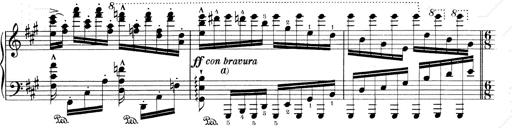
Title: RÃ©miniscences de Don Juan
Composer: Franz Liszt